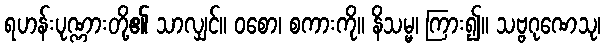
ရဟန်းပုဏ္ဏားတို့၏ သာလျှင်။ ဝစော၊ စကားကို။ နိသမ္မ၊ ကြား၍။ သဗ္ဗဂုဏေသု၊